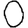
Digit: 0